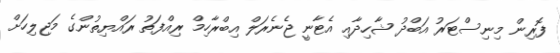
ފޮރިން މިނިސްޓަރު އަބްދު ޝާހިދާއި އެޓާނީ ޖެނެރަލް އިބްރާހިމް ރިއްފަތު ރައްޔިތުންގެ މަޖިލިހަށް